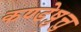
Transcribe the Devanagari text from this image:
कण्डेष़ुत्तु